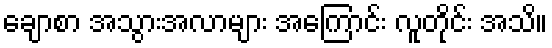
ချောစာ အသွားအလာများ အကြောင်း လူတိုင်း အသိ။